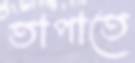
তাপাতে